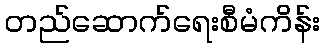
တည်ဆောက်ရေးစီမံကိန်း